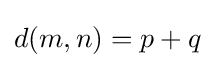
d(m,n)=p+q